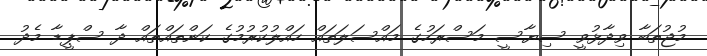
މުޖުތަބާ ވިދާޅުވީ ސިޔާސީ މަސްރަހުގެ މައްސަލަތައް ހައްލުކުރުމުގެ ކަންތައްތައް ދާ ސްޕީޑާ މެދު